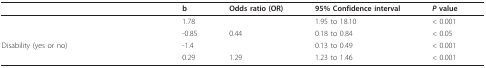
<table><thead><tr><td>[EMPTY_CELL]</td><td><b>b</b></td><td><b>Odds ratio (OR)</b></td><td><b>95% Confidence interval</b></td><td><b><i>P </i>value</b></td></tr></thead><tbody><tr><td>[EMPTY_CELL]</td><td>1.78</td><td>[EMPTY_CELL]</td><td>1.95 to 18.10</td><td>&lt; 0.001</td></tr><tr><td>[EMPTY_CELL]</td><td>-0.85</td><td>0.44</td><td>0.18 to 0.84</td><td>&lt; 0.05</td></tr><tr><td>Disability (yes or no)</td><td>-1.4</td><td>[EMPTY_CELL]</td><td>0.13 to 0.49</td><td>&lt; 0.001</td></tr><tr><td>[EMPTY_CELL]</td><td>0.29</td><td>1.29</td><td>1.23 to 1.46</td><td>&lt; 0.001</td></tr></tbody></table>